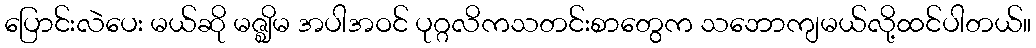
ပြောင်းလဲပေး မယ်ဆို မဇ္ဈိမ အပါအဝင် ပုဂ္ဂလိကသတင်းစာတွေက သဘောကျမယ်လို့ထင်ပါတယ်။